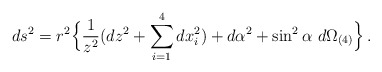
\begin{align*}ds^2 = r^2 \Bigl\{ \frac{1}{z^2} (dz^2 + \sum_{i=1}^4 dx_i^2)+ d\alpha^2 + \sin^2\alpha \ d\Omega_{(4)} \Bigr\} \,.\end{align*}